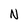
Character: N